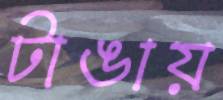
টাঙায়